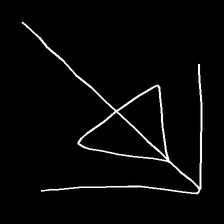
Glyph: pull